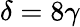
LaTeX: \delta=8\gamma